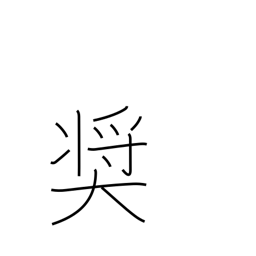
Meaning: exhort